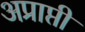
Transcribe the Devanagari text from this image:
अप्राप्ती